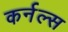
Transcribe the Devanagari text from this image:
कर्नल्‍स